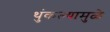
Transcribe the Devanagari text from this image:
थुंकल्यामुळे